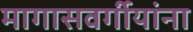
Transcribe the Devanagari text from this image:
मागासवर्गीयांना